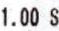
1.00 S